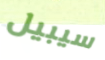
سيبيل